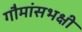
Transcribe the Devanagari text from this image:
गौमांसभक्षी